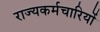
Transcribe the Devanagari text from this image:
राज्यकर्मचारियों